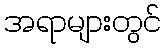
အရာများတွင်